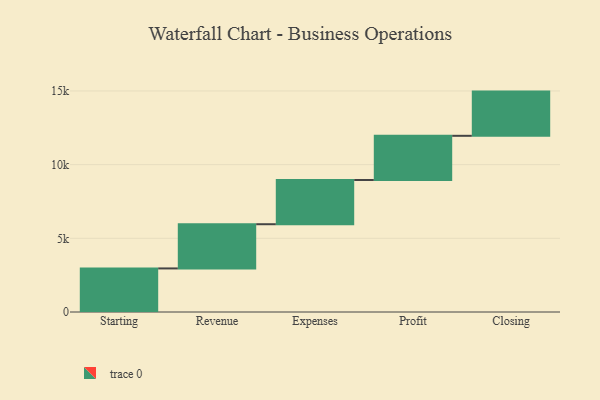
{"axis": {"x": "Step", "y": "Value"}, "legend": [""], "data": [{"x": "Starting", "y": 2957.0, "type": ""}, {"x": "Revenue", "y": 3000, "type": ""}, {"x": "Expenses", "y": 3000, "type": ""}, {"x": "Profit", "y": 3000, "type": ""}, {"x": "Closing", "y": 3000, "type": ""}]}